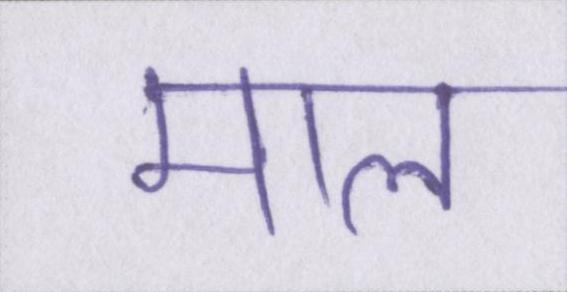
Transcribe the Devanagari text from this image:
माल